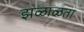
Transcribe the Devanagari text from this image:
झळाळता